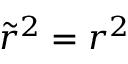
{ \tilde { r } } ^ { 2 } = r ^ { 2 }